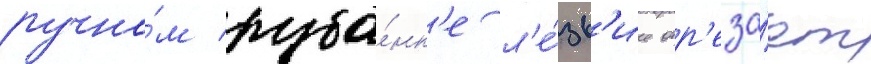
ручно́м руба́нк'е л'е́зв'ие отр'еза́ет